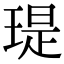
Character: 瑅